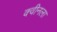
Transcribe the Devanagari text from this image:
क्वीनला